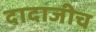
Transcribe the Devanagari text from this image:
दादाजीच